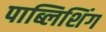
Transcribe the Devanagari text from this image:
पाब्लिशिंग